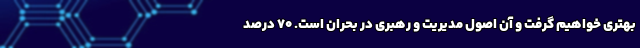
بهتری خواهیم گرفت و آن اصول مدیریت و رهبری در بحران است. ۷۰ درصد